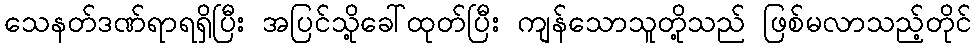
သေနတ်ဒဏ်ရာရရှိပြီး အပြင်သို့ခေါ်ထုတ်ပြီး ကျန်သောသူတို့သည် ဖြစ်မလာသည့်တိုင်